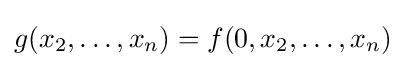
g(x_{2},\ldots ,x_{n})=f(0,x_{2},\ldots ,x_{n})